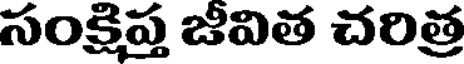
సంక్షిప్త జీవిత చరిత్ర